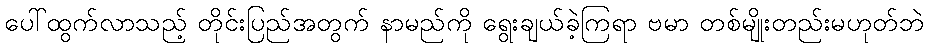
ပေါ်ထွက်လာသည့် တိုင်းပြည်အတွက် နာမည်ကို ရွေးချယ်ခဲ့ကြရာ ဗမာ တစ်မျိုးတည်းမဟုတ်ဘဲ